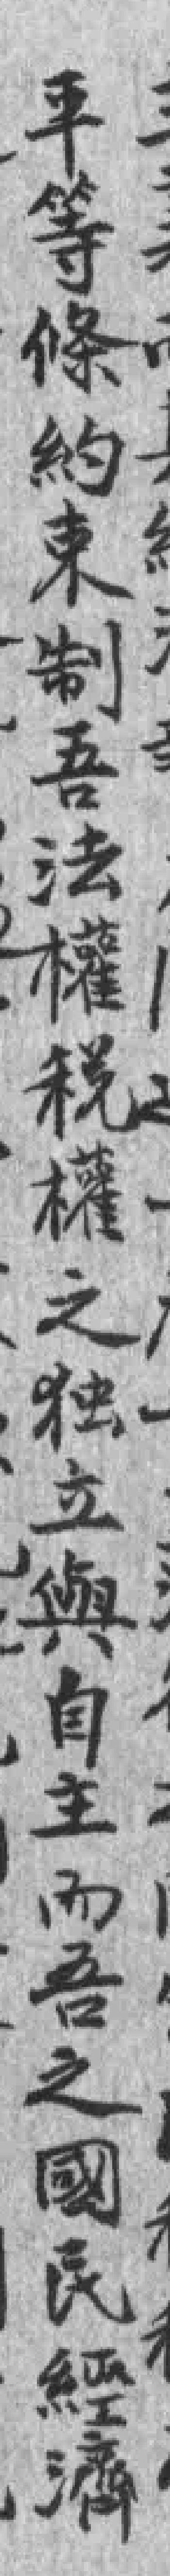
平等條約束制吾法權稅權之独立與自主而吾之國民經濟